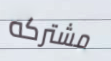
مشتركه